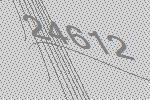
24612